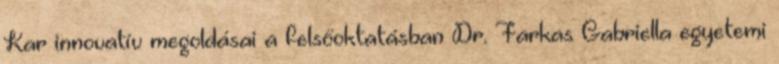
Kar innovatív megoldásai a felsőoktatásban Dr. Farkas Gabriella egyetemi